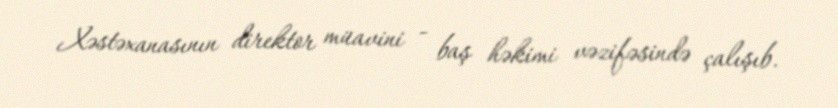
Xəstəxanasının direktor müavini - baş həkimi vəzifəsində çalışıb.